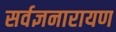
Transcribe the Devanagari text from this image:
सर्वज्ञनारायण